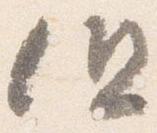
但